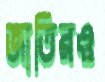
জাতিরও